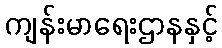
ကျန်းမာရေးဌာနနှင့်